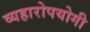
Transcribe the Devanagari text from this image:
व्यहारोपयोगी